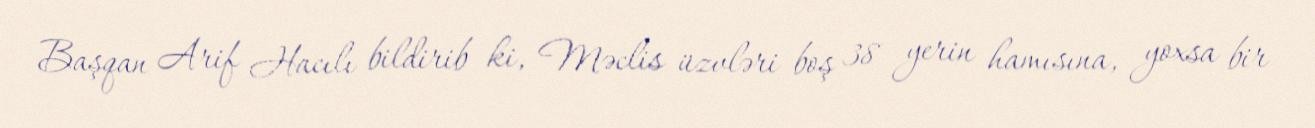
Başqan Arif Hacılı bildirib ki, Məclis üzvləri boş 38 yerin hamısına, yoxsa bir